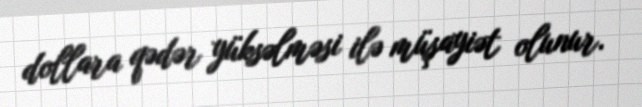
dollara qədər yüksəlməsi ilə müşayiət olunur.